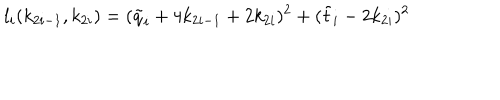
l _ { i } ( k _ { 2 i - 1 } , k _ { 2 i } ) = ( \tilde { q } _ { i } + 4 k _ { 2 i - 1 } + 2 k _ { 2 i } ) ^ { 2 } + ( \tilde { t } _ { i } - 2 k _ { 2 i } ) ^ { 2 }